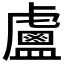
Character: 𥃈